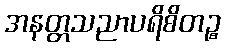
အနတ္တသညာပရိစိတဉ္စ